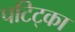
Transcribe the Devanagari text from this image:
पटिट्का